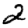
Digit: 2